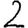
Digit: 2